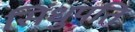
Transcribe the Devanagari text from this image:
सिंधुपति